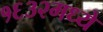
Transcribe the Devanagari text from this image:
१६३२मध्ये